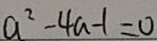
a ^ { 2 } - 4 a - 1 = 0